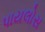
પાયલોસ